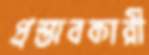
প্রস্তাবকারী